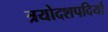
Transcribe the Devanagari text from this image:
त्रयोदशपदियाँ